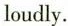
loudly.